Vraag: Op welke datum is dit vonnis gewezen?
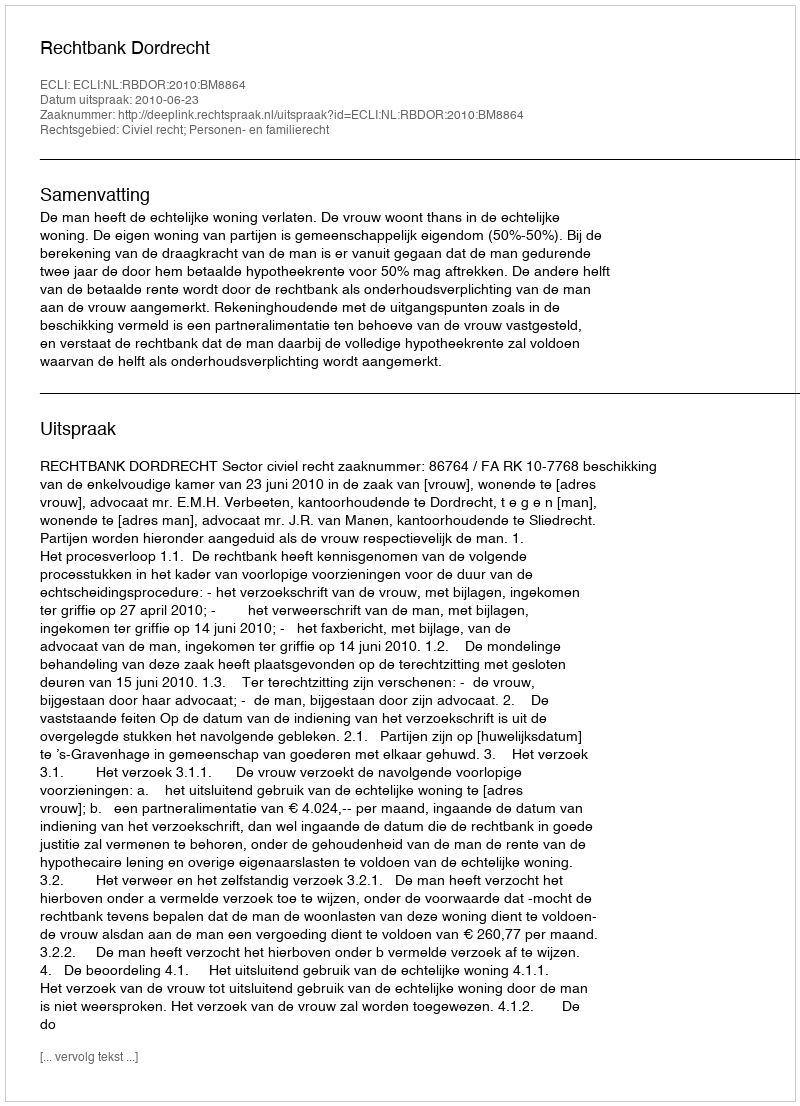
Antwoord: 2010-06-23